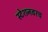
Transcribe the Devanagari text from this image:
स्टेशनवरच